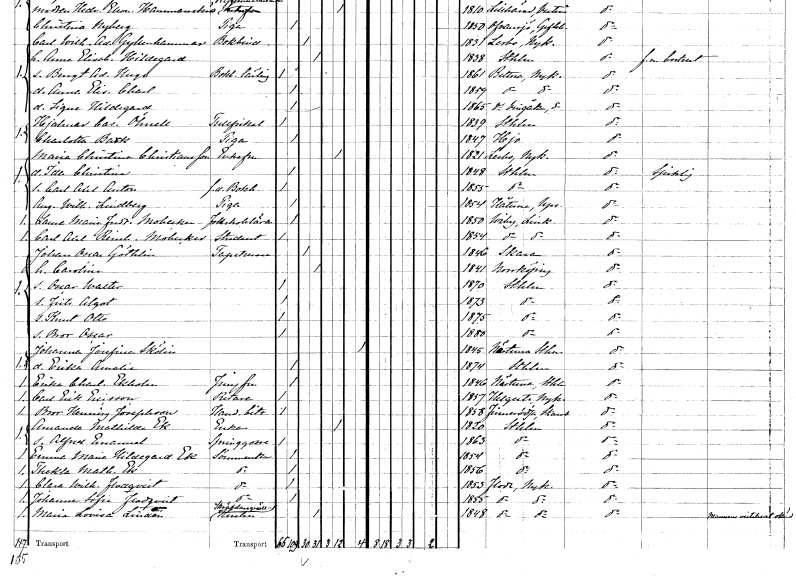
gt_parse: households: individuals: FN: Maria Christina
EN: Christiansson
KON: K
CIV: E
FODAR: 1821
FODFORS: Lerbo Södermanlands län
FN: Ida Christina
KON: K
CIV: O
FODAR: 1848
FODFORS: Stockholm
FN: Carl Axel Anton
YRKE: Bokhållare f.d.
KON: M
CIV: O
FODAR: 1855
FODFORS: Stockholm
FN: Augusta Wilhelmina
EN: Lindberg
YRKE: Piga
KON: K
CIV: O
FODAR: 1854
FODFORS: Håtuna Stockholms län
FN: Laura Maria Fredrika
EN: Mobecker
YRKE: Folkskolelärarinna
KON: K
CIV: O
FODAR: 1850
FODFORS: Viby Östergötlands län
FN: Carl Axel Reinhold
EN: Mobecker
YRKE: Student
KON: M
CIV: O
FODAR: 1854
FODFORS: Viby Östergötlands län
FN: Johan Oscar
EN: Göthlin
YRKE: Tapetserare
KON: M
CIV: G
FODAR: 1846
FODFORS: Skara Skaraborgs län
FN: Carolina
KON: K
CIV: G
FODAR: 1841
FODFORS: Norrköping Östergötlands län
FN: Oscar Walter
KON: M
CIV: O
FODAR: 1870
FODFORS: Stockholm
FN: Frits Algot
KON: M
CIV: O
FODAR: 1873
FODFORS: Stockholm
FN: Knut Otto
KON: M
CIV: O
FODAR: 1875
FODFORS: Stockholm
FN: Bror Oscar
KON: M
CIV: O
FODAR: 1880
FODFORS: Stockholm
FN: Johanna Josefina
EN: Skölin
KON: K
CIV: X
FODAR: 1845
FODFORS: Närtuna Stockholms län
FN: Erika Amalia
KON: K
CIV: O
FODAR: 1874
FODFORS: Stockholm
FN: Erika Charlotta
EN: Ekholm
YRKE: Jungfru
KON: K
CIV: O
FODAR: 1846
FODFORS: Närtuna Stockholms län
FN: Carl Erik
EN: Ericsson
YRKE: Ritare
KON: M
CIV: O
FODAR: 1857
FODFORS: Helgesta Södermanlands län
FN: Bror Henning
EN: Josephson
YRKE: Handelsbiträde
KON: M
CIV: O
FODAR: 1858
FODFORS: Finnerödja Örebro län
FN: Amanda Mathilda
EN: Ek
YRKE: Änka
KON: K
CIV: E
FODAR: 1820
FODFORS: Stockholm
FN: Alfred Emanuel
YRKE: Springgosse
KON: M
CIV: O
FODAR: 1863
FODFORS: Stockholm
FN: Emma Maria Hildegard
EN: Ek
YRKE: Sömmerska
KON: K
CIV: O
FODAR: 1854
FODFORS: Stockholm
FN: Thekla Mathilda
EN: Ek
YRKE: Sömmerska
KON: K
CIV: O
FODAR: 1856
FODFORS: Stockholm
FN: Clara Wilhelmina
EN: Flodqvist
YRKE: Sömmerska
KON: K
CIV: O
FODAR: 1853
FODFORS: Floda Södermanlands län
FN: Johanna Sofia
EN: Flodqvist
YRKE: Sömmerska
KON: K
CIV: O
FODAR: 1855
FODFORS: Floda Södermanlands län
FN: Maria Lovisa
EN: Lindén
YRKE: Skräddaregesällshustru
KON: K
CIV: G
FODAR: 1848
FODFORS: Floda Södermanlands län